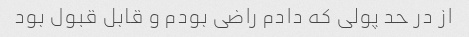
از در حد پولی که دادم راضی بودم و قابل قبول بود